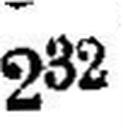
232